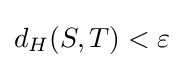
d_{H}(S,T)<\varepsilon